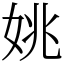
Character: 姚